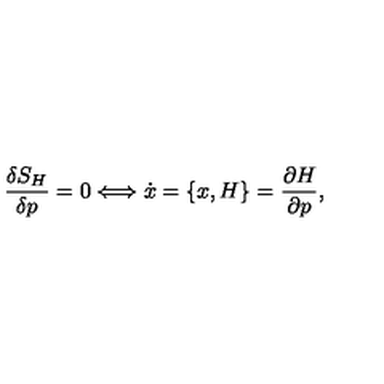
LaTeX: \frac { \delta S _ { H } } { \delta p } = 0 \Longleftrightarrow \dot { x } = \{ x , H \} = \frac { \partial H } { \partial p } ,